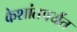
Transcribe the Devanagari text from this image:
केशांतपर्यंत